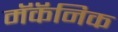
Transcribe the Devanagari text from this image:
मॅकॅनिक